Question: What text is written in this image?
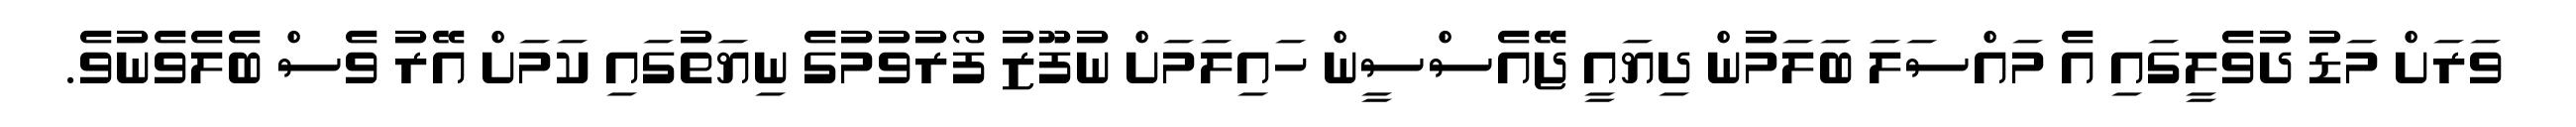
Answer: ވަރަށް މަޑު ދުވެލީގައި އެ މައްސަލަ ބަލަމުން ދިޔައީ ޖޭއެސްސީން ހައިލަމަށް ނުފޫޒު ފޯރުވުމުގެ ނިޔަތުގައި ކަމަށް އޭރު ވެސް ބެލެވެނުވެ.